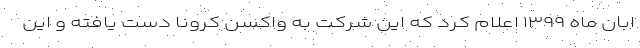
ابان ماه ۱۳۹۹ اعلام کرد که این شرکت به واکسن کرونا دست یافته و این